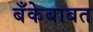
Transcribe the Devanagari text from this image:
बँकेबाबत